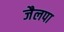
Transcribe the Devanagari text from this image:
जैलपा